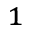
_ 1